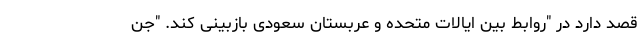
قصد دارد در "روابط بین ایالات متحده و عربستان سعودی بازبینی کند. "جن